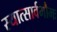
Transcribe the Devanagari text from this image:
स्यात्सार्वभौमः